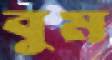
বুম